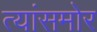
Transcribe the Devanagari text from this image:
त्यांसमोर